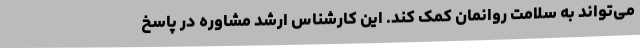
می‌تواند به سلامت روانمان کمک کند. این کارشناس ارشد مشاوره در پاسخ